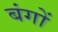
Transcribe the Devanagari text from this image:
बंगों